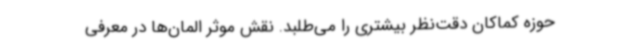
حوزه کماکان دقت‌نظر بیشتری را می‌طلبد. نقش موثر المان‌ها در معرفی